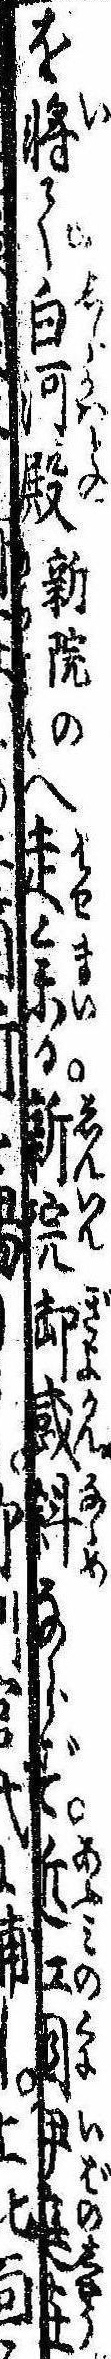
を将て白河殿新院のへ走参る新院御感斜ならず近江国伊庭荘